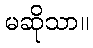
မဆိုသာ။